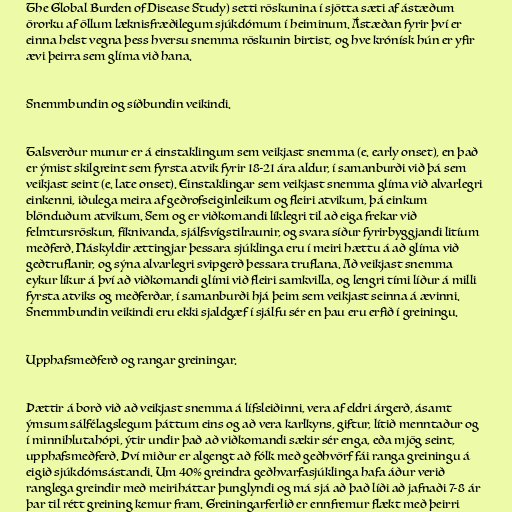
The Global Burden of Disease Study) setti röskunina í sjötta sæti af ástæðum
örorku af öllum læknisfræðilegum sjúkdómum í heiminum. Ástæðan fyrir því er
einna helst vegna þess hversu snemma röskunin birtist, og hve krónísk hún er yfir
ævi þeirra sem glíma við hana.

Snemmbundin og síðbundin veikindi.

Talsverður munur er á einstaklingum sem veikjast snemma (e. early onset), en það
er ýmist skilgreint sem fyrsta atvik fyrir 18-21 ára aldur, í samanburði við þá sem
veikjast seint (e. late onset). Einstaklingar sem veikjast snemma glíma við alvarlegri
einkenni, iðulega meira af geðrofseiginleikum og fleiri atvikum, þá einkum
blönduðum atvikum. Sem og er viðkomandi líklegri til að eiga frekar við
felmtursröskun, fíknivanda, sjálfsvígstilraunir, og svara síður fyrirbyggjandi litíum
meðferð. Náskyldir ættingjar þessara sjúklinga eru í meiri hættu á að glíma við
geðtruflanir, og sýna alvarlegri svipgerð þessara truflana. Að veikjast snemma
eykur líkur á því að viðkomandi glími við fleiri samkvilla, og lengri tími líður á milli
fyrsta atviks og meðferðar, í samanburði hjá þeim sem veikjast seinna á ævinni.
Snemmbundin veikindi eru ekki sjaldgæf í sjálfu sér en þau eru erfið í greiningu.

Upphafsmeðferð og rangar greiningar.

Þættir á borð við að veikjast snemma á lífsleiðinni, vera af eldri árgerð, ásamt
ýmsum sálfélagslegum þáttum eins og að vera karlkyns, giftur, lítið menntaður og
í minnihlutahópi, ýtir undir það að viðkomandi sækir sér enga, eða mjög seint,
upphafsmeðferð. Því miður er algengt að fólk með geðhvörf fái ranga greiningu á
eigið sjúkdómsástandi. Um 40% greindra geðhvarfasjúklinga hafa áður verið
ranglega greindir með meiriháttar þunglyndi og má sjá að það líði að jafnaði 7-8 ár
þar til rétt greining kemur fram. Greiningarferlið er ennfremur flækt með þeirri